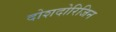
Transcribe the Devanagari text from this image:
दोशदोरिजिन